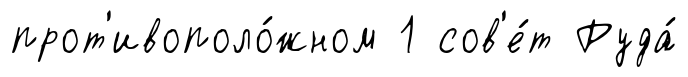
прот'ивополо́жном 1 сов'е́т Руда́